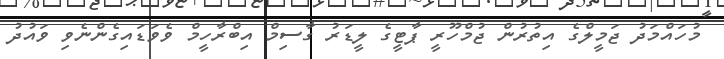
މުހައްމަދު ޖަމީލްގެ އިތުރުން ޖުމްހޫރީ ޕާޓީގެ ލީޑަރު ގާސިމް އިބްރާހީމް ވެވަޑައިގެންނެވި ވައުދު